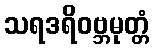
သရဒရိဝဗ္ဘမုတ္တံ